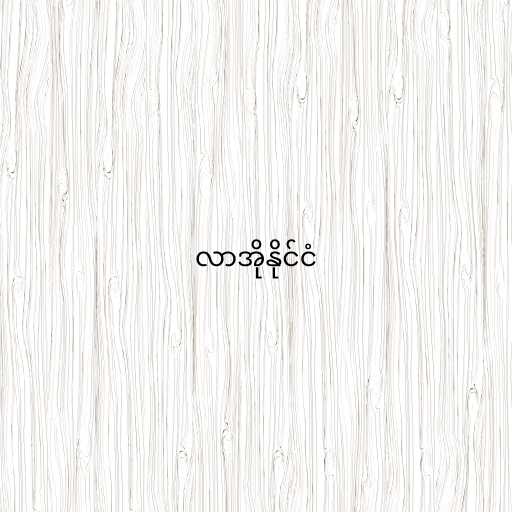
လာအိုနိုင်ငံ